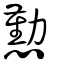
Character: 懃